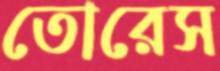
তোরেস